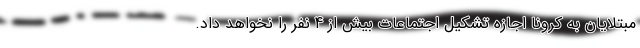
مبتلایان به کرونا اجازه تشکیل اجتماعات بیش از 4 نفر را نخواهد داد.